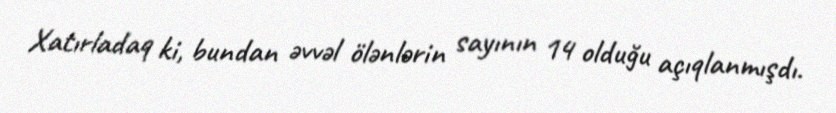
Xatırladaq ki, bundan əvvəl ölənlərin sayının 14 olduğu açıqlanmışdı.